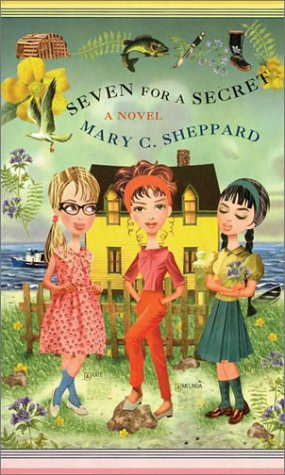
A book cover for Seven for a Secret: A Novel; Mary C. Sheppard; Teen & Young Adult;